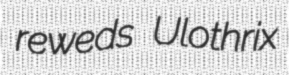
reweds Ulothrix